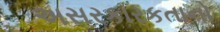
અસરકારકતાનો